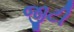
જીટી